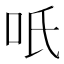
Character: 𭇇